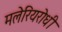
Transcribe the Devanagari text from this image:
मलेरियरोधी